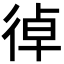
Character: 𢔄